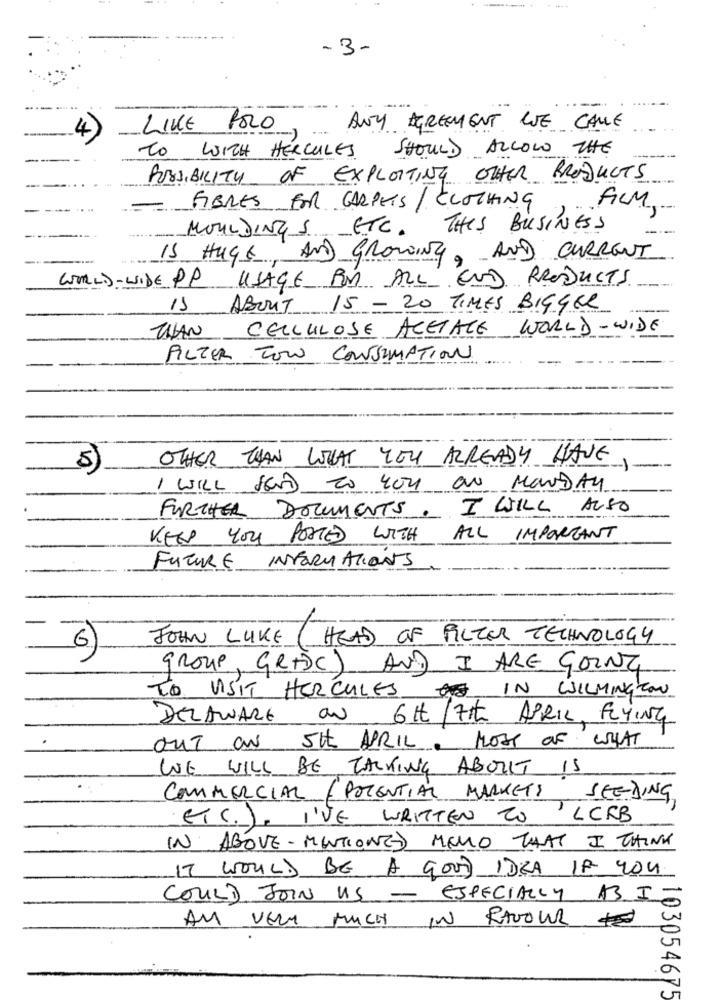
-3-
4
LIKE POLO
ANY AGREEMENT LE CALLE
TO WITH HÉRCULES
SHOULD ALLOW THE
POSSIBILITY OF EXPLOITING OTHER PRODUCTS
=
FIBRES FOR CARPETS / CLOTHING
FILM,
MOULDING S ETC. THIS BUSINESS
IS HUGE, AND GROWING, AND CURRENT
WORLD-WIDE PP USAGE BOM ALL END PRODUCTS
15 ABOUT 15 - 20 TIMES BIGGER
THAN
CELLULOSE ACETATE
WORLD-WIDE
FILTER TO CONSUMPTION
OTHER THAN LTHAT YOU ALREADY HAVE
5
I WILL SEND TO YOU ON MONDAY
.
I WILL ALSO
FURTHER DOCUMENTS
KEEP YOU POSTED WITH
ALL IMPORTANT
FUTURE INFORMATIONS
JOHN LUKE
(HEAD OF FILTER TECHNOLOGY
6)
GROUP GRIDC) AND I ARE GOING
TO VISIT HERCULES IN WILMINGTON
DELAWARE
au 6tt/7th APRIL, FLYING
out au
5th APRIL. MOST OF WHAT
WE WILL BE TALKING ABOUT IS
COMMERCIAL (POTENTIAL MARKETS
SEEDING
ETC.), I'VE WRITTEN TO
ILCRB
IN ABOVE-MENTIONED MENO THAT I THINK
IT WOULD BE A GOOD IDEA IF YOU
COULD JOIN US - ESPECIALLY BS I-
AM VERY MUCH IN FAVOUR
103054675